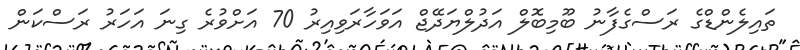
ތައިލެންޑްގެ ރަސްގެފާނު ބޫމިބޮލް އަދުލްޔަދޭޖް އަވަހާރަވިއިރު 70 އަށްވުރެ ގިނަ އަހަރު ރަސްކަން